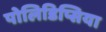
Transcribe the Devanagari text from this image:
पोलिडिप्सिया